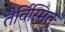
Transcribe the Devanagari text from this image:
तैर्विस्मित